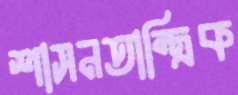
শাসনতান্ত্রিক